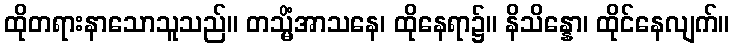
ထိုတရားနာသောသူသည်။ တသ္မိံအာသနေ၊ ထိုနေရာ၌။ နိသိန္နော၊ ထိုင်နေလျက်။